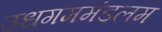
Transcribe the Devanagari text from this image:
उधगममंडलम